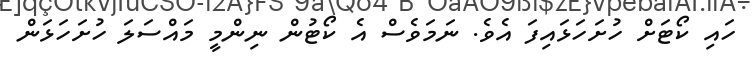
ހައި ކޯޓަށް ހުށަހަޅައިފަ އެވެ. ނަމަވެސް އެ ކޯޓުން ނިންމީ މައްސަލަ ހުށަހަޅަން